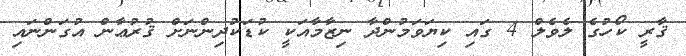
ޤާރީ ކޯހުގެ ލެވެލް 4 ގައި ކިޔަވަމުންދާ ނިޒާމާއަކީ ކުޑަކުދިންނަށް ޤުރުޢާން އުގަންނައި